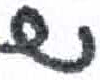
אות: ש